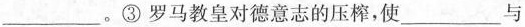
___ 。③罗马教皇对德意志的压榨，使_____ 与